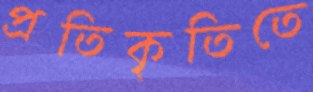
প্রতিকৃতিতে